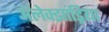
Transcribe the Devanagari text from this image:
अॅलेक्झांड्रिया